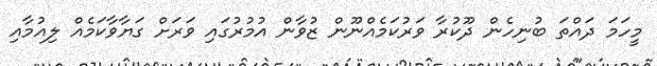
މީހަމަ ދައްތަ ބުނިހެން ދޫކުރާ ވަރުކަމެއްނޫން ޒުވާން އުމުރުގައި ވަރަށް ގަޔާވާކަމެއް ލިއުމާއި